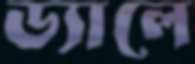
ড্যালে